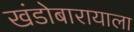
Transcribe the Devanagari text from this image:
खंडोबारायाला